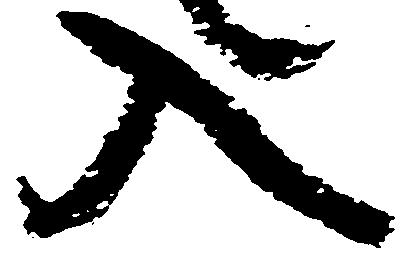
入